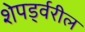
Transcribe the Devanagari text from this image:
शेपर्ड्वरील